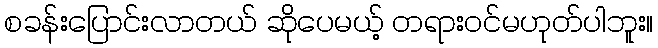
စခန်းပြောင်းလာတယ် ဆိုပေမယ့် တရားဝင်မဟုတ်ပါဘူး။